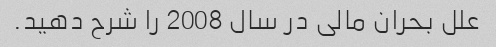
علل بحران مالی در سال 2008 را شرح دهید.